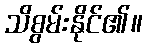
သိစွမ်းနိုင်၏။